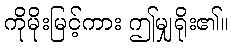
ကိုမိုးမြင့်ကား ဤမျှရိုး၏။